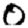
Digit: 0